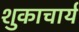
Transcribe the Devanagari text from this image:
शुकाचार्य